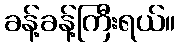
ခန့်ခန့်ကြီးရယ်။